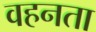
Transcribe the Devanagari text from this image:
वहनता